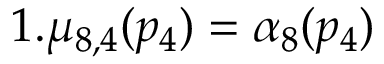
1 . \mu _ { 8 , 4 } ( p _ { 4 } ) = \alpha _ { 8 } ( p _ { 4 } )